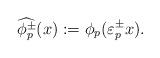
LaTeX: \begin{align*}\widehat{\phi_{p}^{\pm}}(x):=\phi_{p}(\varepsilon_p^{\pm} x).\end{align*}